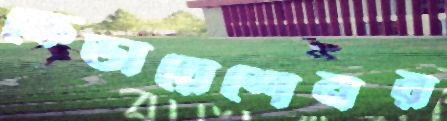
ফেডারেশেনর